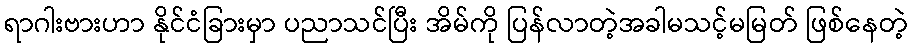
ရာဂါးဗားဟာ နိုင်ငံခြားမှာ ပညာသင်ပြီး အိမ်ကို ပြန်လာတဲ့အခါမသင့်မမြတ် ဖြစ်နေတဲ့